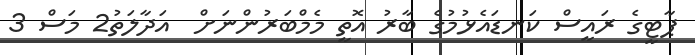
ޕާޓީގެ ރައީސް ކަނޑައެޅުމުގެ ބާރު އޮތީ މެމްބަރުންނަށް  އަދާލަތު2 މަސް 3